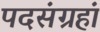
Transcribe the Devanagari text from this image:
पदसंग्रहां